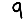
Digit: 9